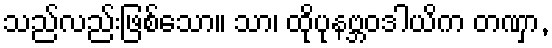
သည်လည်းဖြစ်သော။ သာ၊ ထိုပုနဗ္ဘဝဒါယိက တဏှာ,